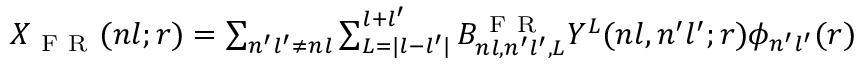
\begin{array} { r } { X _ { \mathrm { ~ F ~ R ~ } } ( n l ; r ) = \sum _ { n ^ { \prime } l ^ { \prime } \neq n l } \sum _ { L = | l - l ^ { \prime } | } ^ { l + l ^ { \prime } } B _ { n l , n ^ { \prime } l ^ { \prime } , L } ^ { \mathrm { ~ F ~ R ~ } } Y ^ { L } ( n l , n ^ { \prime } l ^ { \prime } ; r ) \phi _ { n ^ { \prime } l ^ { \prime } } ( r ) } \end{array}